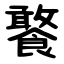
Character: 饏